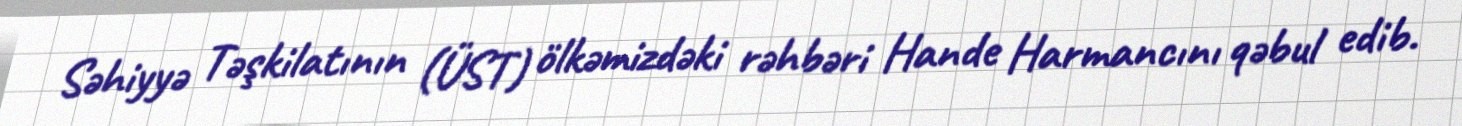
Səhiyyə Təşkilatının (ÜST) ölkəmizdəki rəhbəri Hande Harmancını qəbul edib.